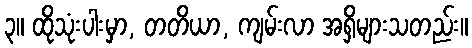
၃။ ထိုသုံးပါးမှာ, တတိယာ, ကျမ်းလာ အရှိများသတည်း။